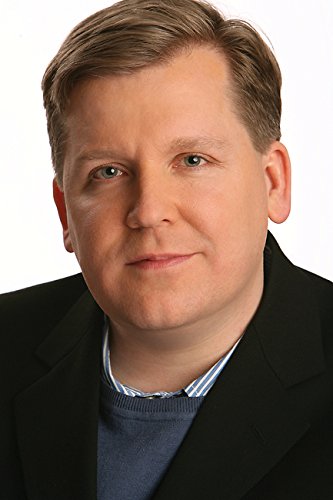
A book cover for Ripcord; David Lindsay-Abaire; Politics & Social Sciences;